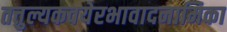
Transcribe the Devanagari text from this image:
तत्तुल्यकवयेरभावादनामिका